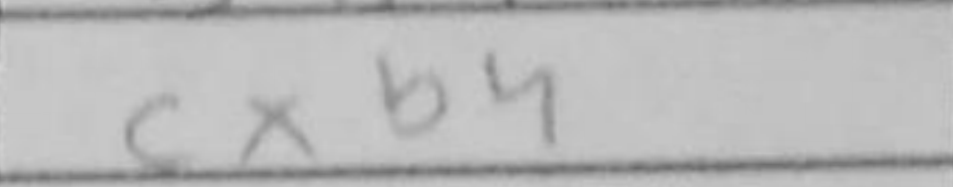
Transcription: cxb4